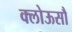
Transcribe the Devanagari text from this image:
क्लोऊसौ